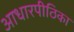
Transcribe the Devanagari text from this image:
आधारपीठिका